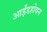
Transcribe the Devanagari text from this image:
आईंडहोवन